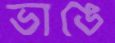
ভাঙে